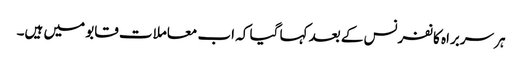
ہر سربراہ کانفرنس کے بعد کہا گیا کہ اب معاملات قابو میں ہیں۔